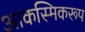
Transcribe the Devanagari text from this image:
आकस्मिकरूप